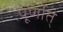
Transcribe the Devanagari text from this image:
पूर्णात्